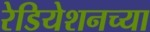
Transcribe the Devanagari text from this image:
रेडियेशनच्या